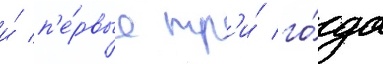
и́ п'е́рвые тр'и́ го́да